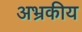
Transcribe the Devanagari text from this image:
अभ्रकीय